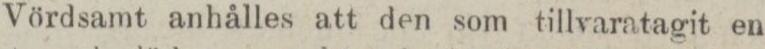
Vördsamt anhålles att den som tillvaratagit en